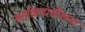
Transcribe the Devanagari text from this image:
सहक्रियाशीलता